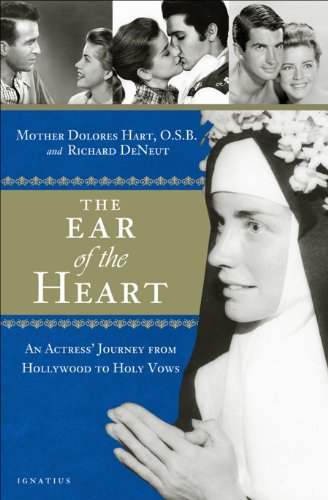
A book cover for The Ear of the Heart: An Actress' Journey from Hollywood to Holy Vows; Mother Dolores Hart; Biographies & Memoirs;